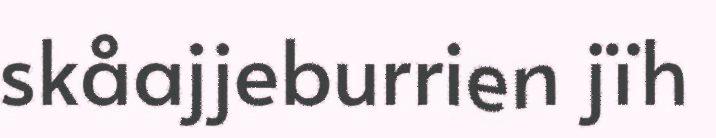
skåajjeburrien jïh